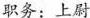
职务：上尉